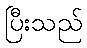
ပြီးသည်